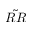
\tilde { R R }